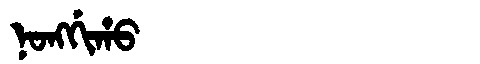
Manchu: ᠨᠣᠩᡤᡳᡥᠣ
Romanization: NONGGIHO